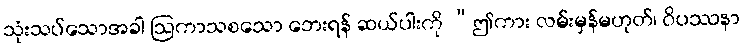
သုံးသပ်သောအခါ ဩကာသစသော ဘေးရန် ဆယ်ပါးကို “ဤကား လမ်းမှန်မဟုတ်၊ ဝိပဿနာ